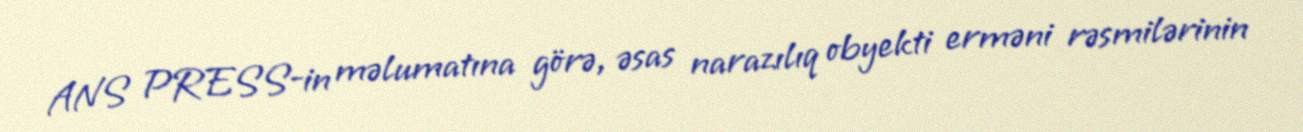
ANS PRESS-in məlumatına görə, əsas narazılıq obyekti erməni rəsmilərinin